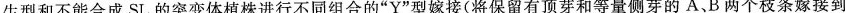
生型和不能合成SL的突变体植株进行不同组合的”Y”型嫁接(将保留有顶芽和等量侧芽的A、B两个枝条嫁接到